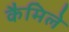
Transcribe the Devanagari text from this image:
कैमिले